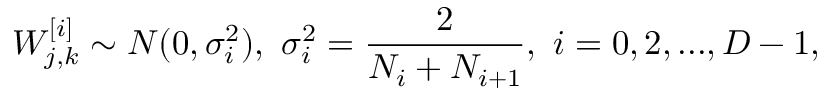
W _ { j , k } ^ { [ i ] } \sim N ( 0 , \sigma _ { i } ^ { 2 } ) , \ \sigma _ { i } ^ { 2 } = \frac { 2 } { N _ { i } + N _ { i + 1 } } , \ i = 0 , 2 , . . . , D - 1 ,